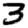
Digit: 3